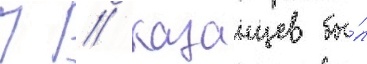
П // Казанцев бы́л